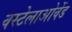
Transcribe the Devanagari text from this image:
वस्टेलाओवेंड